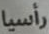
رأسيا